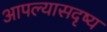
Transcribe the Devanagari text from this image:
आपल्यासदृष्य